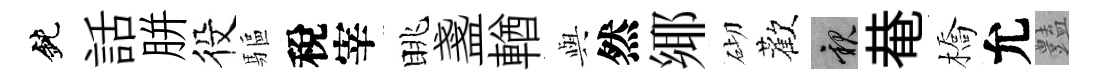
鈍話胼役驅稅宰眺盞輶𫤰然鄊砌歡親𤲅橋允𧰟